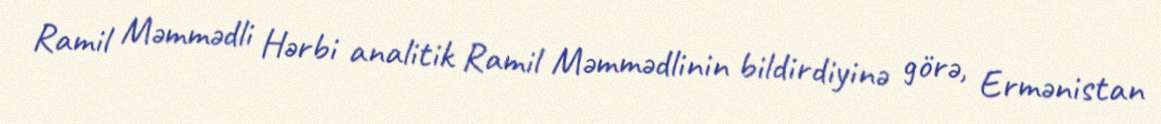
Ramil Məmmədli Hərbi analitik Ramil Məmmədlinin bildirdiyinə görə, Ermənistan